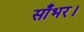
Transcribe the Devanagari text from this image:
साँभर।